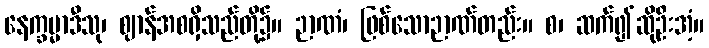
နေက္ခမ္မာဒီသု၊ ဈာန်အစရှိသည်တို့၌။ ဉာဏံ၊ ဖြစ်သောဉာဏ်တည်း။ စ၊ ဆက်၍ဆိုဦးအံ့။